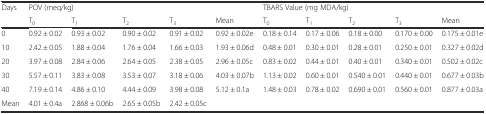
<table><thead><tr><td><b>Days</b></td><td colspan="4"><b>POV (meq/kg)</b></td><td></td><td colspan="4"><b>TBARS Value (mg MDA/kg)</b></td><td></td></tr><tr><td></td><td><b>T<sub>0</sub></b></td><td><b>T<sub>1</sub></b></td><td><b>T<sub>2</sub></b></td><td><b>T<sub>3</sub></b></td><td><b>Mean</b></td><td><b>T<sub>0</sub></b></td><td><b>T<sub>1</sub></b></td><td><b>T<sub>2</sub></b></td><td><b>T<sub>3</sub></b></td><td><b>Mean</b></td></tr></thead><tbody><tr><td>0</td><td>0.92 ± 0.02</td><td>0.93 ± 0.02</td><td>0.90 ± 0.02</td><td>0.91 ± 0.02</td><td>0.92 ± 0.02e</td><td>0.18 ± 0.14</td><td>0.17 ± 0.06</td><td>0.18 ± 0.00</td><td>0.170 ± 0.00</td><td>0.175 ± 0.01e</td></tr><tr><td>10</td><td>2.42 ± 0.05</td><td>1.88 ± 0.04</td><td>1.76 ± 0.04</td><td>1.66 ± 0.03</td><td>1.93 ± 0.06d</td><td>0.48 ± 0.01</td><td>0.30 ± 0.01</td><td>0.28 ± 0.01</td><td>0.250 ± 0.01</td><td>0.327 ± 0.02d</td></tr><tr><td>20</td><td>3.97 ± 0.08</td><td>2.84 ± 0.06</td><td>2.64 ± 0.05</td><td>2.38 ± 0.05</td><td>2.96 ± 0.05c</td><td>0.83 ± 0.02</td><td>0.44 ± 0.01</td><td>0.40 ± 0.01</td><td>0.340 ± 0.01</td><td>0.502 ± 0.02c</td></tr><tr><td>30</td><td>5.57 ± 0.11</td><td>3.83 ± 0.08</td><td>3.53 ± 0.07</td><td>3.18 ± 0.06</td><td>4.03 ± 0.07b</td><td>1.13 ± 0.02</td><td>0.60 ± 0.01</td><td>0.540 ± 0.01</td><td>0.440 ± 0.01</td><td>0.677 ± 0.03b</td></tr><tr><td>40</td><td>7.19 ± 0.14</td><td>4.86 ± 0.10</td><td>4.44 ± 0.09</td><td>3.98 ± 0.08</td><td>5.12 ± 0.1a</td><td>1.48 ± 0.03</td><td>0.78 ± 0.02</td><td>0.690 ± 0.01</td><td>0.560 ± 0.01</td><td>0.877 ± 0.03a</td></tr><tr><td>Mean</td><td>4.01 ± 0.4a</td><td>2.868 ± 0.06b</td><td>2.65 ± 0.05b</td><td>2.42 ± 0.05c</td><td></td><td></td><td></td><td></td><td></td><td></td></tr></tbody></table>